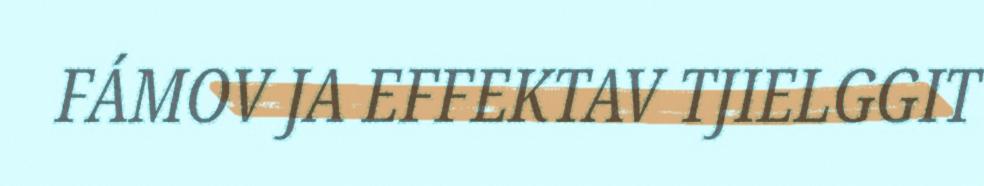
FÁMOV JA EFFEKTAV TJIELGGIT